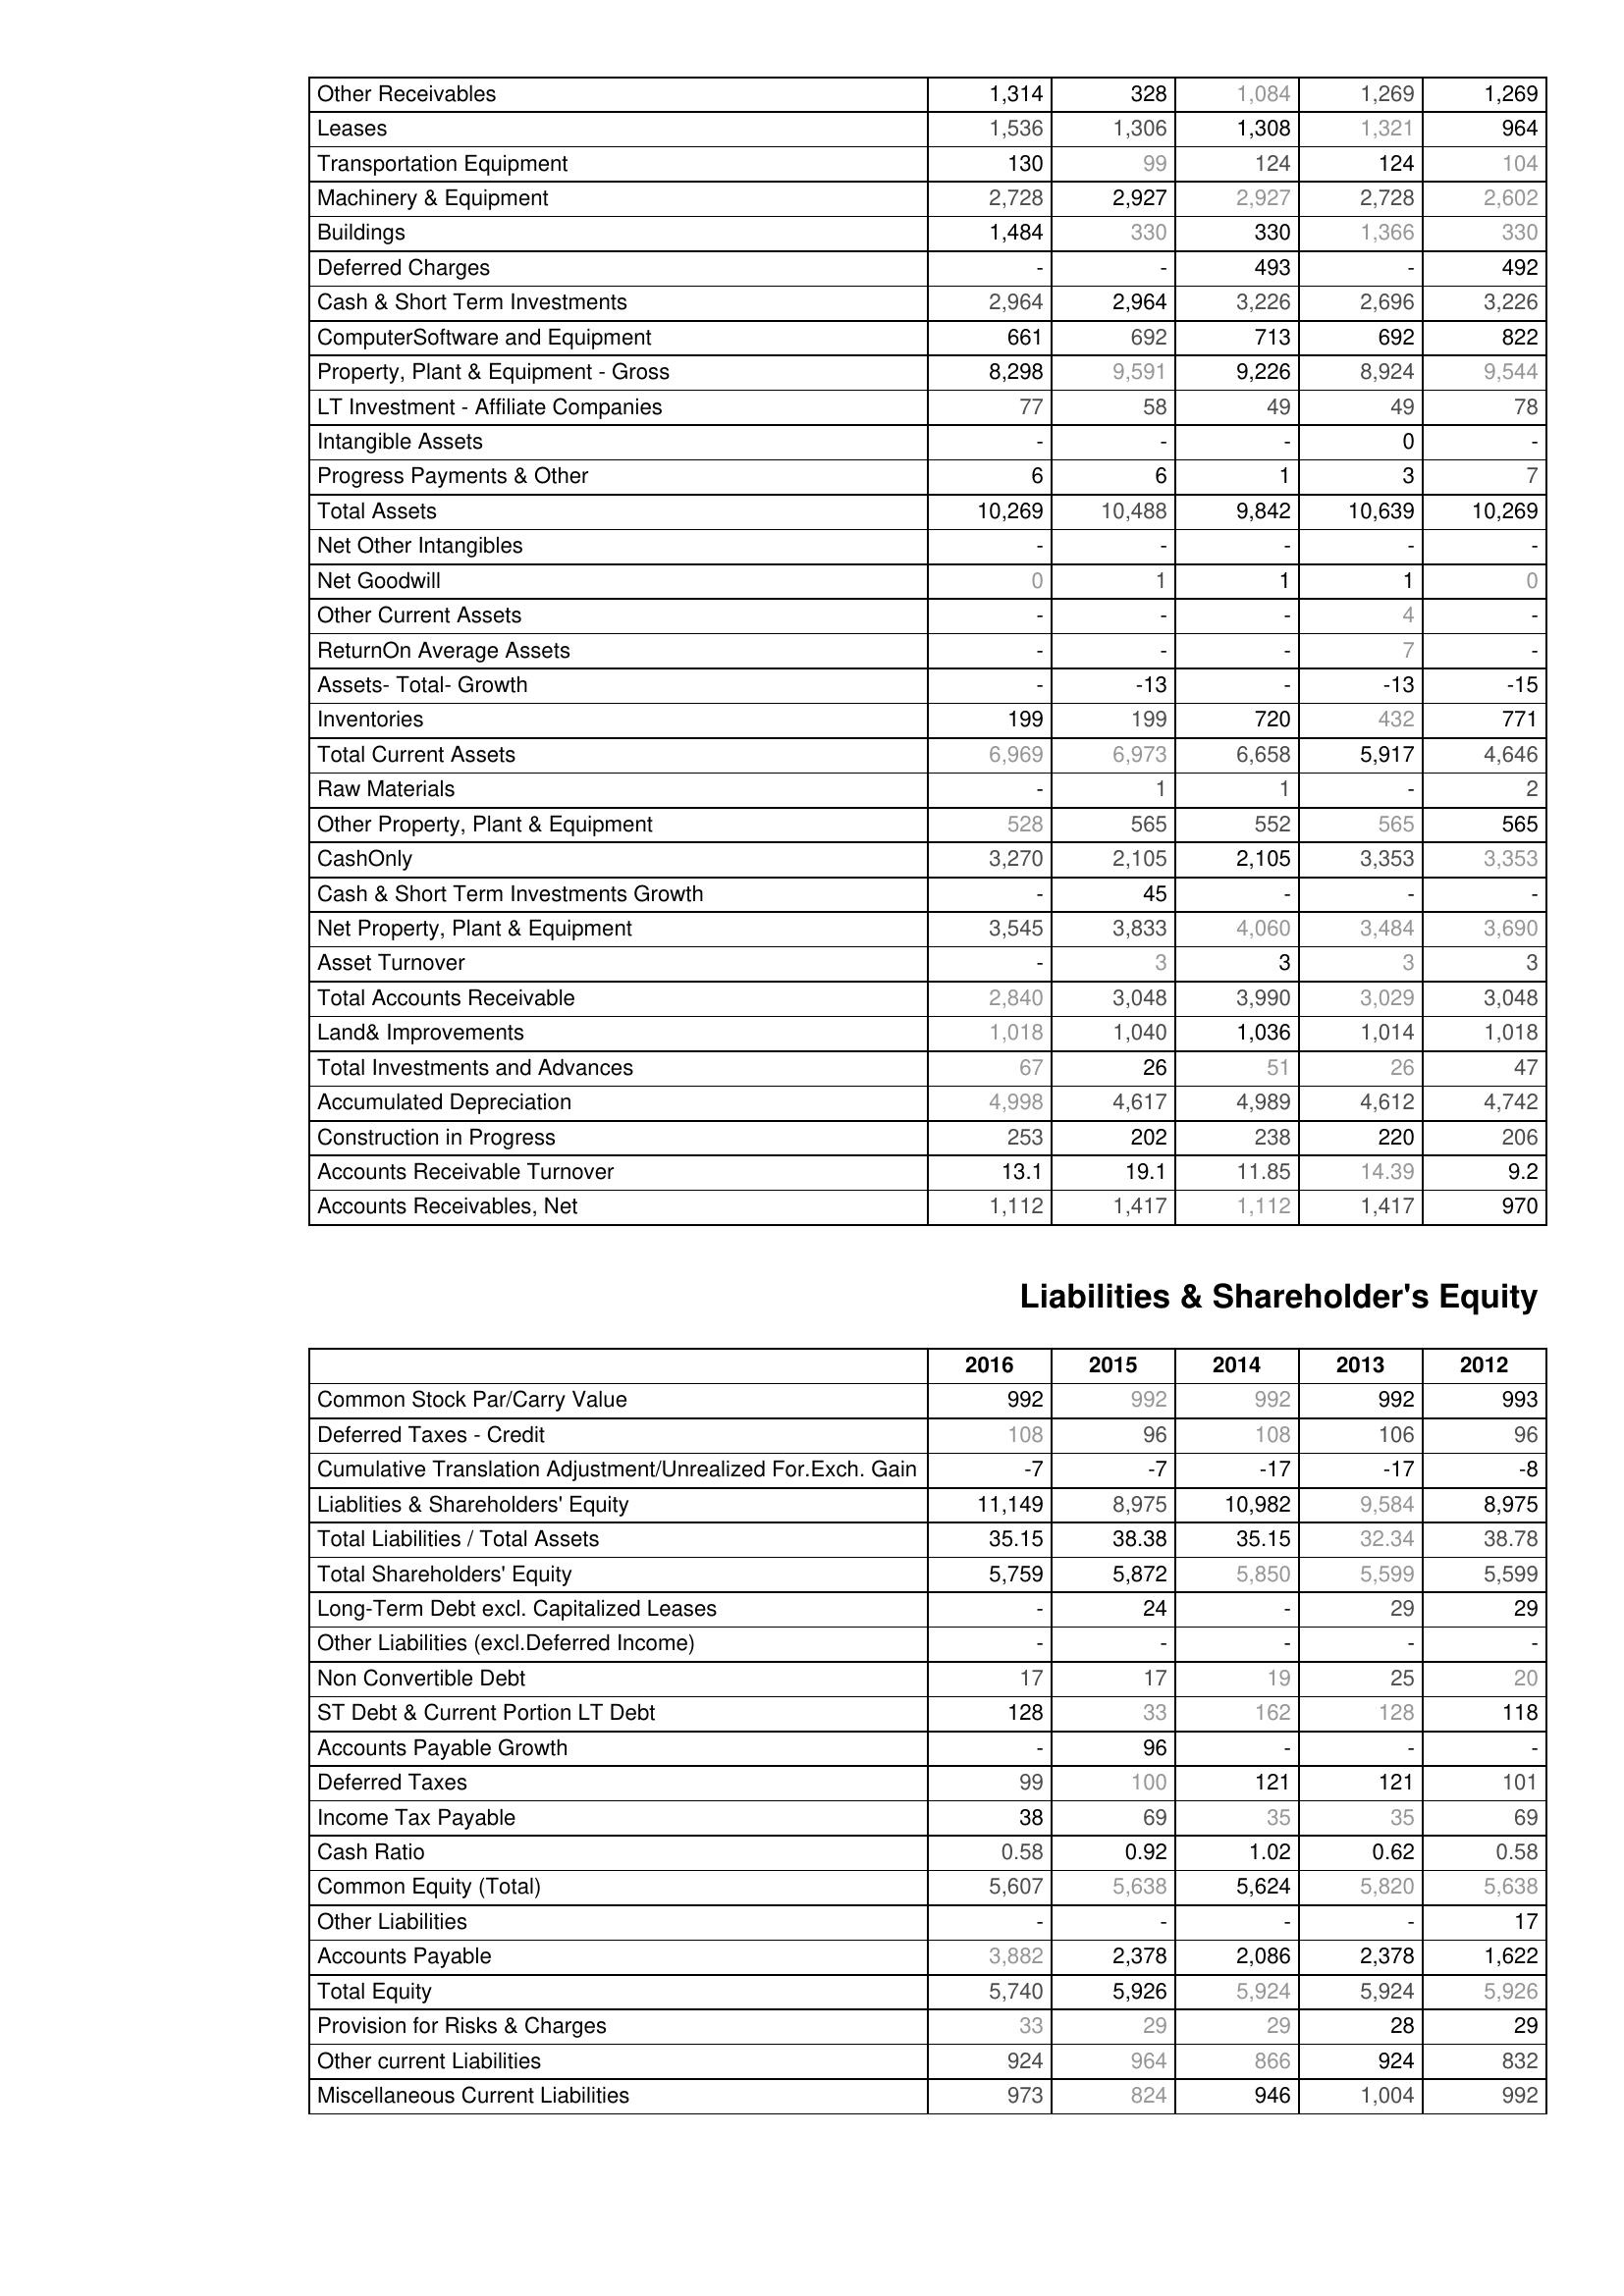
2016: Assets: Other Receivables: 1,314
Leases: 1,536
Transportation Equipment: 130
Machinery & Equipment: 2,728
Buildings: 1,484
Deferred Charges: -
Cash & Short Term Investments: 2,964
ComputerSoftware and Equipment: 661
Property, Plant & Equipment - Gross : 8,298
LT Investment - Affiliate Companies: 77
Intangible Assets: -
Progress Payments & Other: 6
Total Assets: 10,269
Net Other Intangibles: -
Net Goodwill: 0
Other Current Assets: -
ReturnOn Average Assets: -
Assets- Total- Growth: -
Inventories: 199
Total Current Assets: 6,969
Raw Materials: -
Other Property, Plant & Equipment: 528
CashOnly: 3,270
Cash & Short Term Investments Growth: -
Net Property, Plant & Equipment: 3,545
Asset Turnover: -
Total Accounts Receivable: 2,840
Land& Improvements: 1,018
Total Investments and Advances: 67
Accumulated Depreciation: 4,998
Construction in Progress: 253
Accounts Receivable Turnover: 13.1
Accounts Receivables, Net: 1,112
Liabilities & Shareholder's Equity: Common Stock Par/Carry Value: 992
Deferred Taxes - Credit: 108
Cumulative Translation Adjustment/Unrealized For.Exch. Gain: -7
Liablities & Shareholders' Equity: 11,149
Total Liabilities / Total Assets: 35.15
Total Shareholders' Equity: 5,759
Long-Term Debt excl. Capitalized Leases: -
Other Liabilities (excl.Deferred Income): -
Non Convertible Debt: 17
ST Debt & Current Portion LT Debt: 128
Accounts Payable Growth: -
Deferred Taxes: 99
Income Tax Payable: 38
Cash Ratio: 0.58
Common Equity (Total): 5,607
Other Liabilities: -
Accounts Payable: 3,882
Total Equity: 5,740
Provision for Risks & Charges: 33
Other current Liabilities: 924
Miscellaneous Current Liabilities: 973
2015: Assets: Other Receivables: 328
Leases: 1,306
Transportation Equipment: 99
Machinery & Equipment: 2,927
Buildings: 330
Deferred Charges: -
Cash & Short Term Investments: 2,964
ComputerSoftware and Equipment: 692
Property, Plant & Equipment - Gross : 9,591
LT Investment - Affiliate Companies: 58
Intangible Assets: -
Progress Payments & Other: 6
Total Assets: 10,488
Net Other Intangibles: -
Net Goodwill: 1
Other Current Assets: -
ReturnOn Average Assets: -
Assets- Total- Growth: -13
Inventories: 199
Total Current Assets: 6,973
Raw Materials: 1
Other Property, Plant & Equipment: 565
CashOnly: 2,105
Cash & Short Term Investments Growth: 45
Net Property, Plant & Equipment: 3,833
Asset Turnover: 3
Total Accounts Receivable: 3,048
Land& Improvements: 1,040
Total Investments and Advances: 26
Accumulated Depreciation: 4,617
Construction in Progress: 202
Accounts Receivable Turnover: 19.1
Accounts Receivables, Net: 1,417
Liabilities & Shareholder's Equity: Common Stock Par/Carry Value: 992
Deferred Taxes - Credit: 96
Cumulative Translation Adjustment/Unrealized For.Exch. Gain: -7
Liablities & Shareholders' Equity: 8,975
Total Liabilities / Total Assets: 38.38
Total Shareholders' Equity: 5,872
Long-Term Debt excl. Capitalized Leases: 24
Other Liabilities (excl.Deferred Income): -
Non Convertible Debt: 17
ST Debt & Current Portion LT Debt: 33
Accounts Payable Growth: 96
Deferred Taxes: 100
Income Tax Payable: 69
Cash Ratio: 0.92
Common Equity (Total): 5,638
Other Liabilities: -
Accounts Payable: 2,378
Total Equity: 5,926
Provision for Risks & Charges: 29
Other current Liabilities: 964
Miscellaneous Current Liabilities: 824
2014: Assets: Other Receivables: 1,084
Leases: 1,308
Transportation Equipment: 124
Machinery & Equipment: 2,927
Buildings: 330
Deferred Charges: 493
Cash & Short Term Investments: 3,226
ComputerSoftware and Equipment: 713
Property, Plant & Equipment - Gross : 9,226
LT Investment - Affiliate Companies: 49
Intangible Assets: -
Progress Payments & Other: 1
Total Assets: 9,842
Net Other Intangibles: -
Net Goodwill: 1
Other Current Assets: -
ReturnOn Average Assets: -
Assets- Total- Growth: -
Inventories: 720
Total Current Assets: 6,658
Raw Materials: 1
Other Property, Plant & Equipment: 552
CashOnly: 2,105
Cash & Short Term Investments Growth: -
Net Property, Plant & Equipment: 4,060
Asset Turnover: 3
Total Accounts Receivable: 3,990
Land& Improvements: 1,036
Total Investments and Advances: 51
Accumulated Depreciation: 4,989
Construction in Progress: 238
Accounts Receivable Turnover: 11.85
Accounts Receivables, Net: 1,112
Liabilities & Shareholder's Equity: Common Stock Par/Carry Value: 992
Deferred Taxes - Credit: 108
Cumulative Translation Adjustment/Unrealized For.Exch. Gain: -17
Liablities & Shareholders' Equity: 10,982
Total Liabilities / Total Assets: 35.15
Total Shareholders' Equity: 5,850
Long-Term Debt excl. Capitalized Leases: -
Other Liabilities (excl.Deferred Income): -
Non Convertible Debt: 19
ST Debt & Current Portion LT Debt: 162
Accounts Payable Growth: -
Deferred Taxes: 121
Income Tax Payable: 35
Cash Ratio: 1.02
Common Equity (Total): 5,624
Other Liabilities: -
Accounts Payable: 2,086
Total Equity: 5,924
Provision for Risks & Charges: 29
Other current Liabilities: 866
Miscellaneous Current Liabilities: 946
2013: Assets: Other Receivables: 1,269
Leases: 1,321
Transportation Equipment: 124
Machinery & Equipment: 2,728
Buildings: 1,366
Deferred Charges: -
Cash & Short Term Investments: 2,696
ComputerSoftware and Equipment: 692
Property, Plant & Equipment - Gross : 8,924
LT Investment - Affiliate Companies: 49
Intangible Assets: 0
Progress Payments & Other: 3
Total Assets: 10,639
Net Other Intangibles: -
Net Goodwill: 1
Other Current Assets: 4
ReturnOn Average Assets: 7
Assets- Total- Growth: -13
Inventories: 432
Total Current Assets: 5,917
Raw Materials: -
Other Property, Plant & Equipment: 565
CashOnly: 3,353
Cash & Short Term Investments Growth: -
Net Property, Plant & Equipment: 3,484
Asset Turnover: 3
Total Accounts Receivable: 3,029
Land& Improvements: 1,014
Total Investments and Advances: 26
Accumulated Depreciation: 4,612
Construction in Progress: 220
Accounts Receivable Turnover: 14.39
Accounts Receivables, Net: 1,417
Liabilities & Shareholder's Equity: Common Stock Par/Carry Value: 992
Deferred Taxes - Credit: 106
Cumulative Translation Adjustment/Unrealized For.Exch. Gain: -17
Liablities & Shareholders' Equity: 9,584
Total Liabilities / Total Assets: 32.34
Total Shareholders' Equity: 5,599
Long-Term Debt excl. Capitalized Leases: 29
Other Liabilities (excl.Deferred Income): -
Non Convertible Debt: 25
ST Debt & Current Portion LT Debt: 128
Accounts Payable Growth: -
Deferred Taxes: 121
Income Tax Payable: 35
Cash Ratio: 0.62
Common Equity (Total): 5,820
Other Liabilities: -
Accounts Payable: 2,378
Total Equity: 5,924
Provision for Risks & Charges: 28
Other current Liabilities: 924
Miscellaneous Current Liabilities: 1,004
2012: Assets: Other Receivables: 1,269
Leases: 964
Transportation Equipment: 104
Machinery & Equipment: 2,602
Buildings: 330
Deferred Charges: 492
Cash & Short Term Investments: 3,226
ComputerSoftware and Equipment: 822
Property, Plant & Equipment - Gross : 9,544
LT Investment - Affiliate Companies: 78
Intangible Assets: -
Progress Payments & Other: 7
Total Assets: 10,269
Net Other Intangibles: -
Net Goodwill: 0
Other Current Assets: -
ReturnOn Average Assets: -
Assets- Total- Growth: -15
Inventories: 771
Total Current Assets: 4,646
Raw Materials: 2
Other Property, Plant & Equipment: 565
CashOnly: 3,353
Cash & Short Term Investments Growth: -
Net Property, Plant & Equipment: 3,690
Asset Turnover: 3
Total Accounts Receivable: 3,048
Land& Improvements: 1,018
Total Investments and Advances: 47
Accumulated Depreciation: 4,742
Construction in Progress: 206
Accounts Receivable Turnover: 9.2
Accounts Receivables, Net: 970
Liabilities & Shareholder's Equity: Common Stock Par/Carry Value: 993
Deferred Taxes - Credit: 96
Cumulative Translation Adjustment/Unrealized For.Exch. Gain: -8
Liablities & Shareholders' Equity: 8,975
Total Liabilities / Total Assets: 38.78
Total Shareholders' Equity: 5,599
Long-Term Debt excl. Capitalized Leases: 29
Other Liabilities (excl.Deferred Income): -
Non Convertible Debt: 20
ST Debt & Current Portion LT Debt: 118
Accounts Payable Growth: -
Deferred Taxes: 101
Income Tax Payable: 69
Cash Ratio: 0.58
Common Equity (Total): 5,638
Other Liabilities: 17
Accounts Payable: 1,622
Total Equity: 5,926
Provision for Risks & Charges: 29
Other current Liabilities: 832
Miscellaneous Current Liabilities: 992